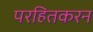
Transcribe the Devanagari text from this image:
परहितकरन